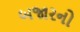
બજારનો